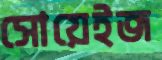
সোয়েইজ